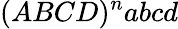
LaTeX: (ABCD)^{n}abcd